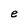
Character: e